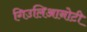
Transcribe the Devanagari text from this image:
गिउलिआनोटी